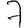
Digit: 7